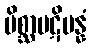
မိစ္ဆာပဋိပန္နံ